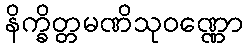
နိက္ခိတ္တမဏိသုဝဏ္ဏော